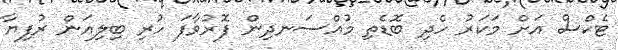
ޓެކްސް އަށް މަަކަރު ހެދި ބޮޑެތި މުއްސަނދިން ފޮރުވާފަ ހުރި ބިލިއަން ރުފިޔާ